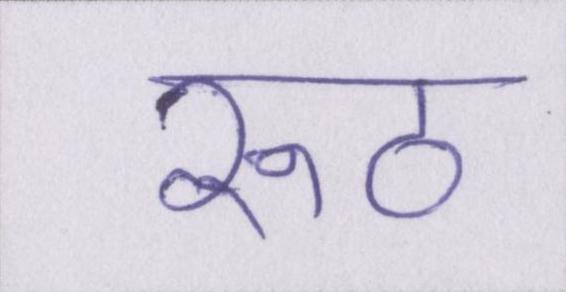
रूठ